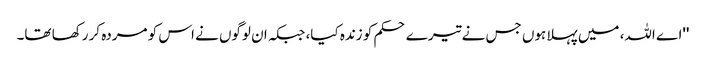
''اے اللہ، میں پہلا ہوں جس نے تیرے حکم کو زندہ کیا، جبکہ ان لوگوں نے اس کو مردہ کر رکھا تھا۔